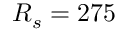
R _ { s } = 2 7 5